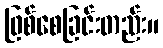
ဖြစ်စေခြင်းတည်း။